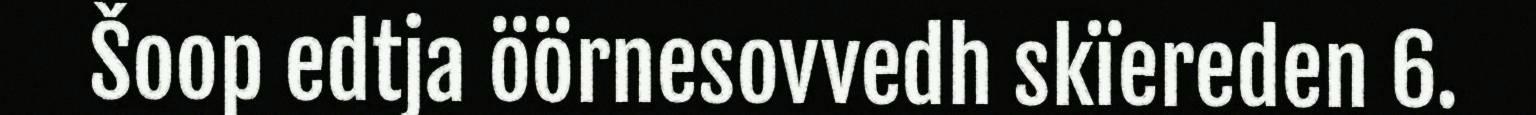
Šoop edtja öörnesovvedh skïereden 6.